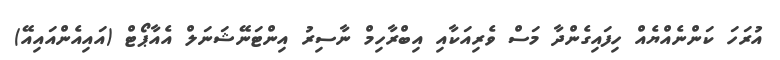
އުރަހަ ކަންނެއްޔެއް ހިފައިގެންދާ މަސް ވެރިއަކާއި އިބްރާހިމް ނާސިރު އިންޓަނޭޝަނަލް އެއާޕޯޓް (އައިއެންއައިއޭ)